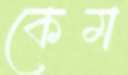
কেম